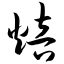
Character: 焙